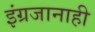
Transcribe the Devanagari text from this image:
इंग्रजानाही